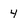
Character: 4